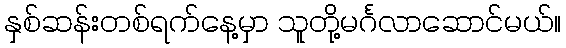
နှစ်ဆန်းတစ်ရက်နေ့မှာ သူတို့မင်္ဂလာဆောင်မယ်။